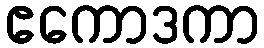
ဧကောဒကာ